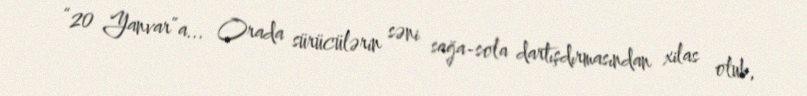
“20 Yanvar”a... Orada sürücülərin səni sağa-sola dartışdırmasından xilas olub,